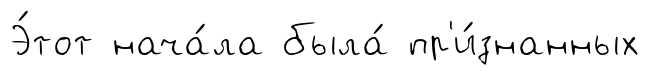
Э́тот нача́ла была́ пр'и́знанных